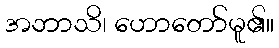
အဘာသိ၊ ဟောတော်မူ၏။